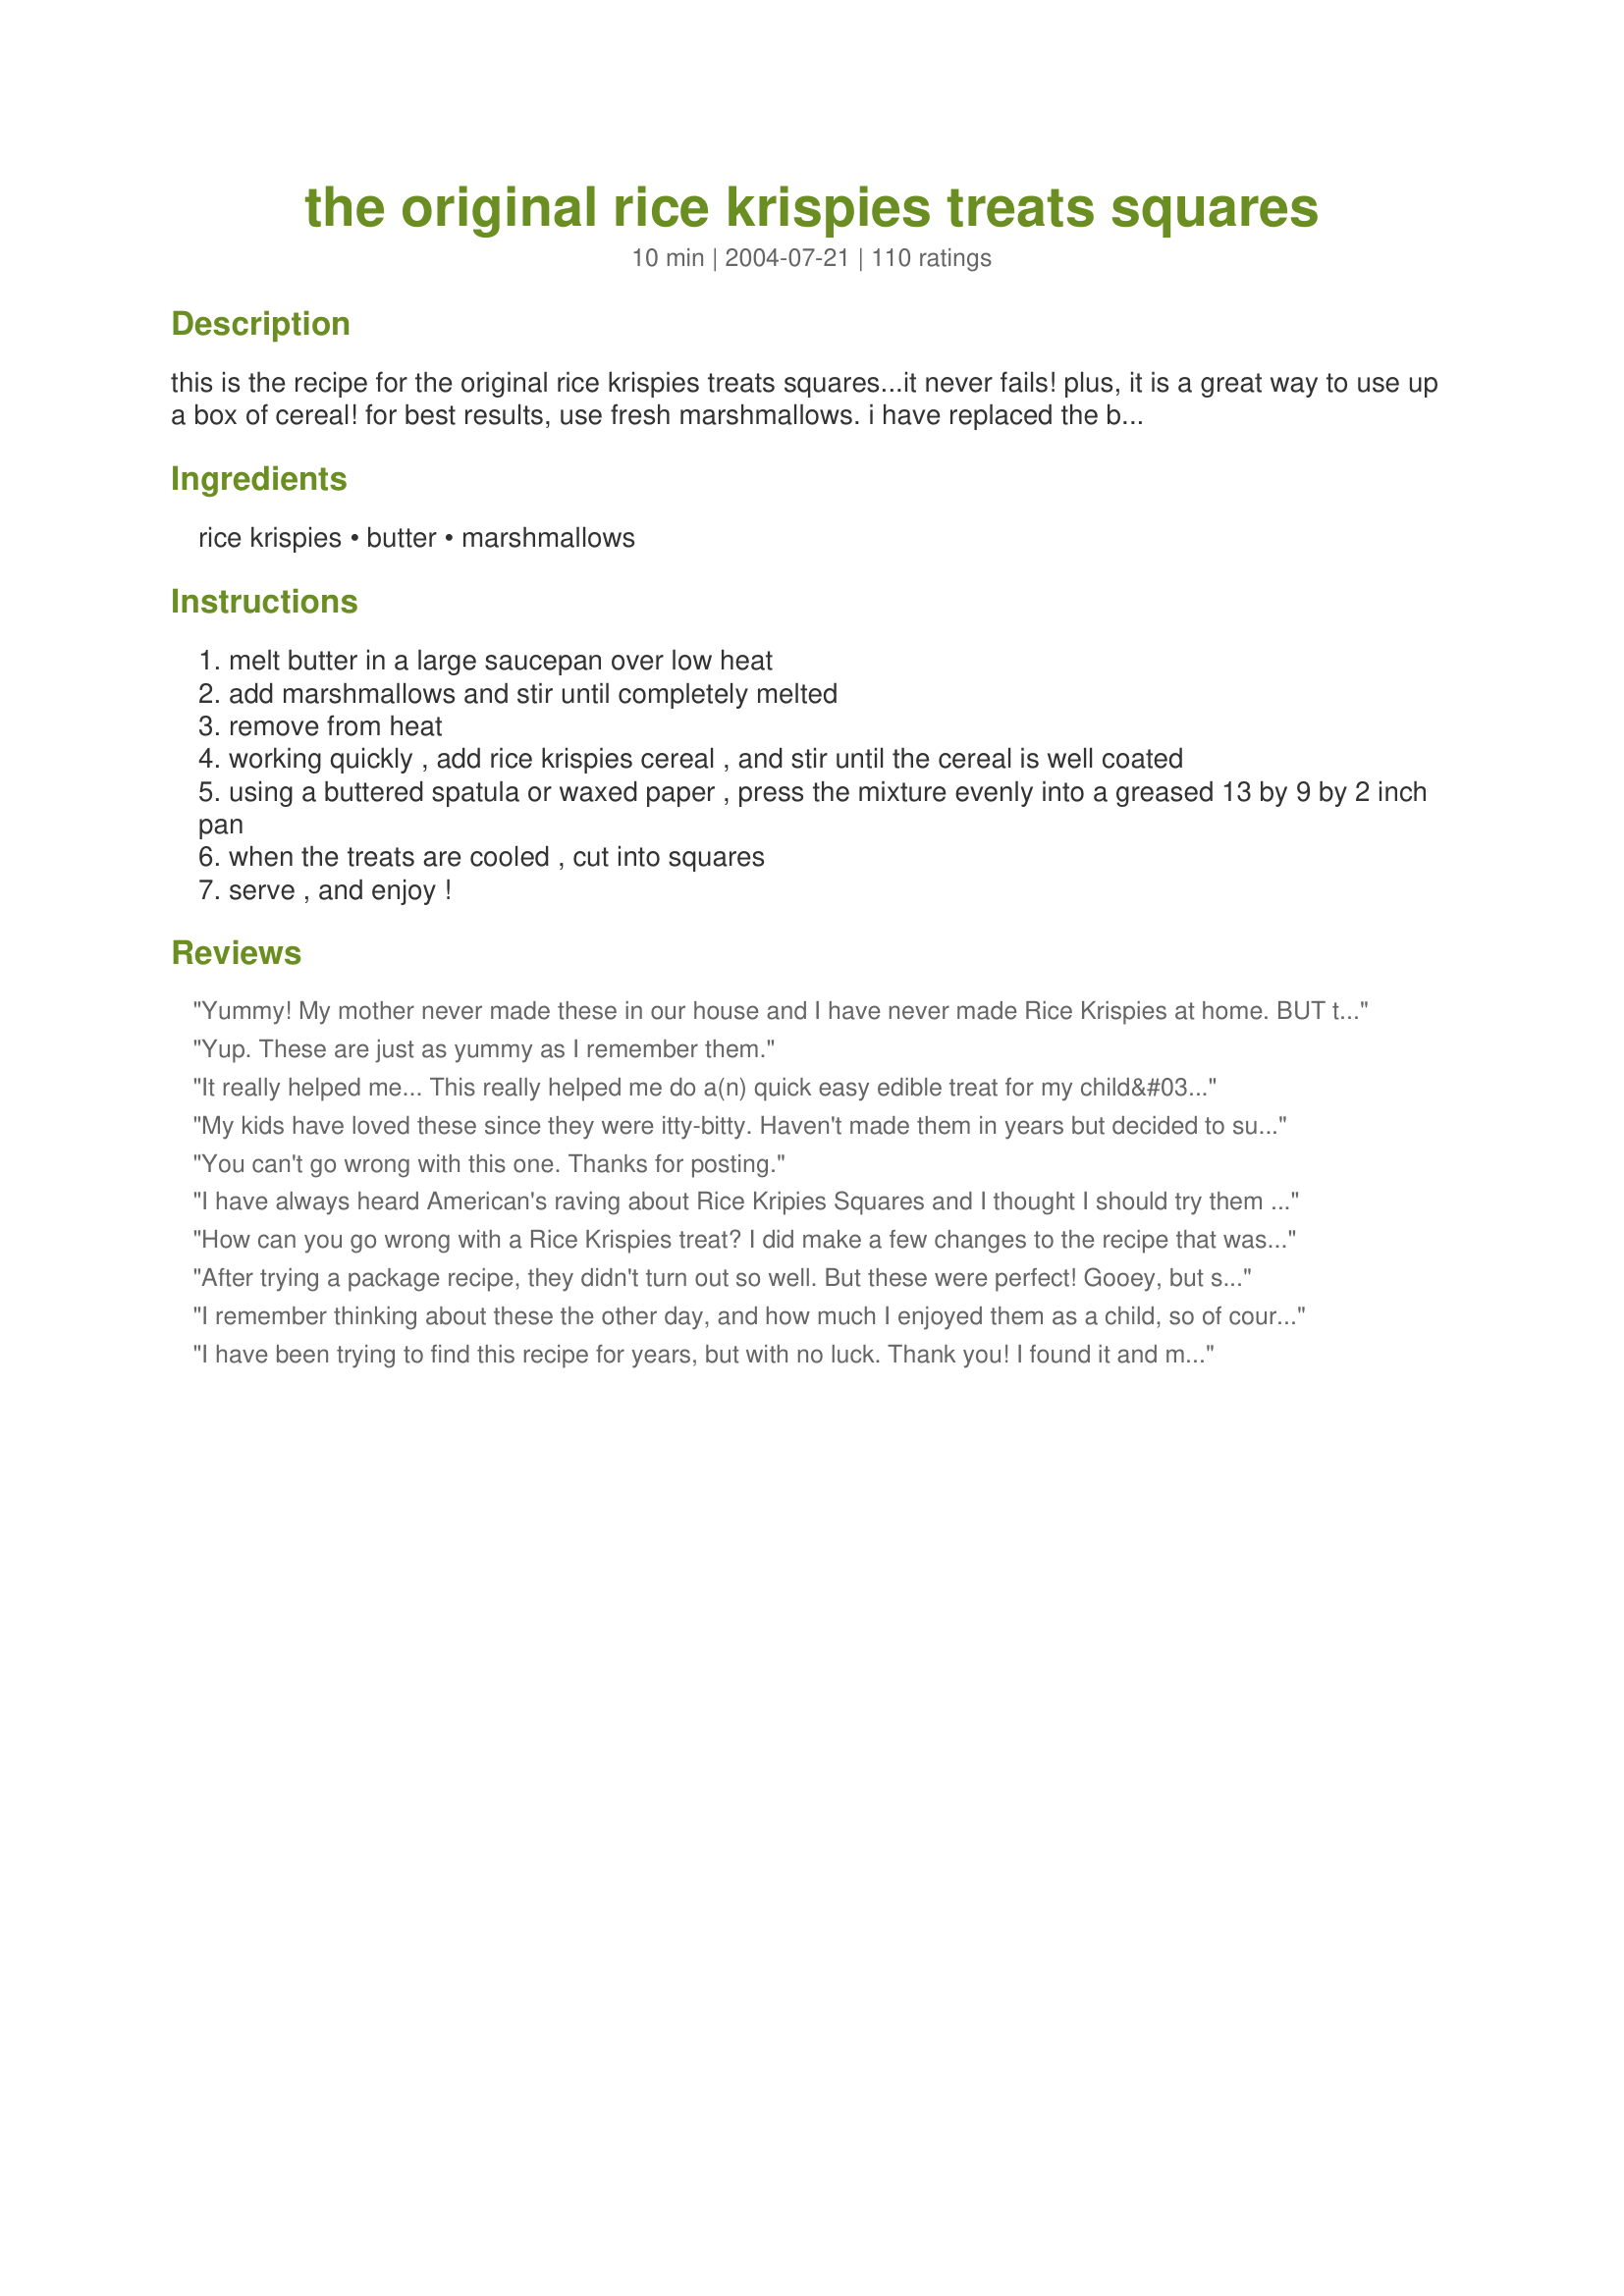
the original rice krispies treats squares
Preparation time: 10 minutes

this is the recipe for the original rice krispies treats squares...it never fails! plus, it is a great way to use up a box of cereal! for best results, use fresh marshmallows. i have replaced the butter once with mott's healthy baking butter or oil substitute (it was basically an unsweetened apple sauce) and they still turned out great!

Ingredients:
rice krispies, butter, marshmallows

Steps:
melt butter in a large saucepan over low heat
add marshmallows and stir until completely melted
remove from heat
working quickly , add rice krispies cereal , and stir until the cereal is well coated
using a buttered spatula or waxed paper , press the mixture evenly into a greased 13 by 9 by 2 inch pan
when the treats are cooled , cut into squares
serve , and enjoy !

Reviews:
Yummy! My mother never made these in our house and I have never made Rice Krispies at home. BUT this was very tasty, fast and easy to make! Tasted just like my friend's mom used to make :) Thanks for posting! It's one of DH's favorites! Will be making this again.
Yup. These are just as yummy as I remember them.
It really helped me...
This really helped me do a(n) quick easy edible treat for my child&#039;s robot and earth project
My kids have loved these since they were itty-bitty. Haven't made them in years but decided to surprise them. They turned out just like I remember. Gooey and chewy. The kids were thrilled. Thanks for bringing this recipe back into our lives.
You can't go wrong with this one. Thanks for posting.
I have always heard American's raving about Rice Kripies Squares and I thought I should try them for myself. They are just SCRUMPTIOUS. I was after a snack to put into kids lunches and these are perfect. In Australia we usually make Chocolate Crackles with our Rice Bubbles but I knew they would melt and there are the perfect replacement. They are so quick and easy to make...I made them while I was waiting for dinner to finish cooking. There were praises all round from the kids who asked for me to make them every day. I'm not sure about every day but they are definately going to be one of the snacks I make in my weekly bake.
Thanks for postng Bec.
How can you go wrong with a Rice Krispies treat? I did make a few changes to the recipe that was pretty happy with. When melting the butter/marshmallows I added in about a teaspoon of vanilla, then after melting the marshmallows and mixing in the Rice Krispies I added in more marshmallows (probably about 1/2 to 3/4 cup) so that there were large chunks of marshmallows throughout. I got lots of compliments about the treats being so soft instead of like bricks so I think I will probably make those changes again next time!
After trying a package recipe, they didn't turn out so well.
But these were perfect! Gooey, but still holding together.
These had the classic taste I was going for, though I added 4 Tbsp. butter instead of 3.
After they had cooled fully, I pressed peanut M&Ms into one half, and leftover decorating chocolate on the other half.
Wonderful, my new go-to recipe.
I remember thinking about these the other day, and how much I enjoyed them as a child, so of course I came to zaar to look for the recipe. So I would just like to say thanks so much for posting this incredibly tasty little piece of nostalgia. :)
I have been trying to find this recipe for years, but with no luck. Thank you! I found it and made it today, it was wonderful.
I have made these treats of a long time. One time even made these for a BBQ for 200+ people. Melt the marshmallows & butter in the mic and it really goes much faster.
One tiny tweak. Stir in a little (like a pinch) of mayple extract, I found out this the hard way thinking it was vanilla extract lol but still good!
I love three I add 1/2 cup peabut butter creamy in while melting marshmallows And mini choclare chips on tip I uploaded a photo to!
Super easy and yummy. A little too yummy, in fact - I can never seem to stop at just one!
Great old recipe, used Fruity Peebles to change them up a bit. My daughter loved them and I am taking them to a Super Bowl party I think they will be a big hit with the kids. Next time I think I will try Cocoa Peebles and see what happens. Thanks for the great recipe.
Perfecto! These have just the flavor I remember as a kid. I used Halal marshmallows (only 8 ounces), Margarine and about 5 1/2 cups of Rice Krispies.
OH soooo Good! Made these tonight to put in lunches tomorrow. One tip to make this easier is to spray your spoon or spatula with non-stick cooking spray to keep the mixture from sticking. I finally just sprayed my hands with the spray and pressed the mixture into the pan. Thanks Bec for posting this childhood favorite.
We love these and this is the original recipe- comes out perfect every time- for bake sales toss some sprinkles on top- always a hit !
A classic. This has been my go-to recipe for many years on those Sunday nights after a busy weekend. They are so quick and easy to make for another week of school lunches. Now that the children are older, they can make them themselves! Thanks Bec.
Actually, the "Original" recipe used 4 tablespoons of butter. I use 5 tablespoons and I only use real butter. It makes a big difference.
Yummy! After reading reviews I decided to add a little extra marshmallows and the result was gooey and delicious. Using wax paper to pack the mixture worked like a charm. Also, I was really impatient so I stuck the pan in the freezer to cool it off :) Thanks Bec!
I used Butter instead of margarine...Cocoa Krispies instead of the plain kind and it came out heavenly! Side note: if you go the route I went, drizzle on either Hershey's Syrup or melted chocolate chips got a treat that can't be beat!
i like to use salted butter and I add another pinch of salt to the melted marshmallow. It just gives it that super addictive amazing flavor!!! I Also use a little less than 6C. of cereal because I like a little more of the marshmallow part. Comes out perfect!!
I can see why this recipe has so many good reviews! It is so simple and tastes great!
You can easily add stuff life craisins or raisins if you feel like it!
Thanks for the recipe!
These are always a favorite, very addicting! Thanks for posting, I didn't realize they weren't on the box anymore!
My childhood favorite! My mom made these all the time for holidays, and sometimes just for fun. They come out perfect every time, and they are 100 times better than the store bought rice crispy treats! Thanks for posting!
Sadly, these came out perfectly. Made them per my 4 yr old daughter's request to see how they tasted as she sees children at her school eat them during snacktime. Delicious and sooooooo much better than the ones prepackaged. It will be difficult not to finishe the entire plateful. Hopefully, I'll be able to resist!
I knew them but never made them before. I used chocolat rice krispies and they turned out great. Or to say it with my sons words:"Gabriel likes it."- "No, Raphy like it better." :) There you have it right from the youngest zaar critics. They prefer it to chocolate now.Thanks for charing (btw Gabriel usually doesn't go near rice krispies, avoids it even in chocolate)
Excellent. It tastes just like a lunch box snack bar called LCM here in Australia. The kids are impressed.
Gotta love this classic treat! Thanks for posting :)
Just like I remembered!!!
We loved it. I did melt some milk chocolate chips over the top. Much better than store made.
Always a classic!! I used 1/2 fruity pebbles and 1/2 rice krispies, and subbed I Can't Believe It's Not Butter spray for the butter. Came out beautifully!! Thanks for posting - brings back childhood memories :D
These are wonderful Bec, thanks for posting an old family classic. We really enjoyed these soft, chewy, creamy, rich, buttery, sweet, sticky, rice krispie treats. They tasted just like we remembered.
This is not the original recipe! Pure vanilla extract was on the original recipe. In addition the proportions have been changed; more butter was called for in the original. &lt;br/&gt;Margarine was invented after the original recipe. If possible find Rice Krispies that do NOT have corn syrup as the sweetener (easier to find) and marshmallows without, too ( hard to find). The combination of both items with corn syrup makes the squares too sweet, as compared to the original squares. &lt;br/&gt;&lt;br/&gt;Jerry K. Age 67.
These were super easy and good. Just the recipe I was looking for. Thanks for posting.
These were great. I used a bit more than the 10 ounces because I used what we had left from a 16 ounce package. They were just what the doctor ordered.
I love these! You've reminded me of this recipe, I haven't made it in a couple of years, and I think I lost my old copy of it. Time for rice krispie squares!
I gave this 5 stars. These are yummy. Just as I remember them as a kid. My niece & newphew helped make them and loved how gooey they were while putting their hands in the pan to smooth them out. I added 2 Tbl. more butter to my marshmallow & butter mix as I had my heat a bit to high and the marshmallow & butter mix began to stick to my pot. This gave them a real butterey taste. Thanks for posting a great recipe I was really looking forward to making these with the kids this year. Christine (internetnut)
Thanks for posting this old fave. We like to add a bit of food coloring for a fun change.
Very good and extremely easy!! This is my first attempt, mostly because I am not a fan of these but the DH loves them. I thought I'd make them as a treat for him. While I was making them DH comes up to the stove to help me and I make a comment that I would normally be adding a little of this and a little of that to make them taste better, and he said that they have there own taste just the way that they are... Then he thought about what I said about adding cinnamon to the melted part and he said that that sounded really good and to go for it. I did and YUMMY!! I even liked it!!! Cinnamon is a keeper in this recipe and so is the recipe! Thanks!!
Use 9x9 pan instead to make thicker! Other than that takes just like the store bought! I took the advice of the cooking spray on my rubber spoon.
YUMMY! I use a large jar of marshmallow cream & it seems to be the perfect amount for the 6 cups of cereal. I also add vanilla.
This is the recipe that I've always used for these wonderful treats but, I microwave the butter for 30 seconds, add the marshmallows, and microwave another 1 1/2 minutes. Works perfectly without heating up the burner! The most recent batch I made got a touch of green food coloring for St. Patty's Day!!!
This is what I grew up on as a kid. They are a pain the you know what to make, but well worth it.
The classic! I doubled the batch. Well, I did that unintentionally, to be honest. I buttered/margarined the back of a large spoon to press the mix into the pan and to smooth it out into even squares. It works like a charm.
very easy to make and very tasty! i made mine in the microwave by melting the butter and marshemllows and i also added a bit of peanutbutter. they didnt last the day in my house!!
Oh so perfect, and yummy!
I love these! I've been making this recipe for as long as I can remember. One trick I found to help with the stickiness is to coat the pan with a thin layer of powdered sugar! I also sprinkle it on my hands before I pat it down so it doesn't stick to me. Works great and the flavor blends in nicely with the treats. I don't know what made me decide to do that in the first place but hey it works. :)
Thank you! I was having a bit of a time finding the original recipe. These came out absolutely perfect. These might actually taste better than I remember. Smiles all around!
I love Rice Krispie treats. Only problem is when I make them they never last more than a few hours.
We were craving something sweet and these were a great blast from the past... My marshmallows were not the freshest, so they took just a little longer to melt down, but still were delicious!!! Thanks!!!
this one never gets old!!! How does it taste with fruity pebbles instead of rice crispies?
Worked perfectly! Everyone loved them. I sprayed the baking sheet with Canola Oil spray, which helped them easily come out.
As usual the quickest and easiest homemade snack there is what a perfect treat for my little men on this yucky, rainy day. Thanks for keeping it here for me so I can find it when I need it.
Lisa
Love this classic recipe from my childhood!&lt;br/&gt;&lt;br/&gt;I would suggest this change to the preparation, though. Instead of buttering/spraying a 13&quot; x 9&quot; pan, I use a jellyroll pan (like a cookie sheet but with sides on it).&lt;br/&gt;&lt;br/&gt;I line the jellyroll pan with parchment paper, spread the rice krispie mixture all over it with a non-stick spatula, and then put another sheet of parchment paper over the top. I can then press the sticky cereal across the pan without getting my hands all gooped up. Peel off the top layer of parchment paper, let it all cool down until it&#039;s set, then cut the squares. Throw away the bottom parchment paper and your pan won&#039;t be coated in marshmallow goo!
love
Great recipe! Bec, thank you for sharing!
Just the recipe I was looking for. Nothing better than the old-fashion version. I added about 1 c. extra marshmallows to make them a little gooier. Thanks for sharing.
Perfect recipe with just the right proportions!
Thanks for posting the original recipe! Great fun to make and eat!
Thanks so much for the recipe, I made these as a child and forgot how much fun & tasty they are. I added a dash of vanilla while stirring together to boost the flavor a little. My daughters & son LOVED these!
These were perfect!!
My favorite recipe! It is soooo easy! Thanks for posting!
Yummy!
excuse me, but marshmallows aren't vegetarian. they contain gelatin, which is derived from animals. don't know why this was even considered for a vegetarian menu.
Classic. Perfect. Thanks for posting - my kids loved it!
Just perfect! Easy and quick to boot.
Great to see an old recipe revived - my mum used to make these for us when we were kids. She used toffee as well as marshmallows so for those seeking a more gooey and chewy experience, try adding the toffee in - it never fails to impress in our house!
These turned out incredibly delicious. Tastier than store made.
Perfect! The recipe wasn't on the box, and I can never remember how much butter and marshmallow, so thank you!
Thank you so much for sharing this recipe. 
I haven't made these in awhile now and so glad I came across the recipe. 
I split the mixture in half and added milk chocolate chips to one half and just had plain on the other half in the pan. Nice treat to have on hand when you need something sweet. Thanks so much!
I agree - this recipe is hard to find on a cereal box! I'm so glad you posted this wonderful treat... every time I make it, I have to do my best not to eat the entire thing myself! :)
gfhg
Perfect!! Just as I remembered!!
TBH: I don&#039;t really know you but your recipes are on point girl. Delish!!! Rate: obviously 5 out of 5. Rock on homie
made this original recipe using 44 regular size mallows and 6 cups cereal, worked perfectly, used a slightly smaller pan so I would get thicker squares.
just like when I was little
Yay!! I haven't made these in years. DH and I wanted dessert and I had all the ingredients in the house, so I made them. DD (18 mos) even helped me a little. :) These are classic. Thanks!
Perfect -- and just like I remember them! So easy to throw together. Could easily do the marshmallow step in the microwave I think, but this works too :) I think I added and extra tbs of butter by accident, but it still worked well :)
absolutely delish!! Better then i expected!! its just like the old days as a young child!
Loved It! Thank You! Its fast, easy, and good! Goey, chewy and tasty! A fun trick for kids, having a daughter myself, hand them a square treat and show them how to mold it into shapes, like circles or triangles and they can eat too! They are moldable! Its fun and good to eat!
Made two pans of these for my son's 5th grade picnic and everyone enjoyed them. They are quick and easy to make.
Was sure glad to find this recipe on zaar....as I bought the rice krispies and marshmallows to make up some krispie treats to send to my son as they are his favorite, and the recipe was not on the back of the box as it usually is....thanks
This is it! We had so much fun making these! These are the originals. Thanks for sharing! :)
This is really easy. I added a tsp. of vanilla and it was so good!
I am definitely glad for the advice about pressing into the pan with wax paper because this really helps as the mix is very sticky.
Ray H. What is candy bar you use?How much vanilla did people use? Don't some people put rasins, sugar in there rice crispy treats.
Yum yum!! Delicious, classic recipe! I switched it up a bit and threw in a teaspoon of vanilla and a drop or two of almond extract and a tiny bit of maple flavoring - delicious!!
I had to stop making this for the sake of my health because I was eating waaay too many of these in one sitting! I have looked at other krispies recipes on zaar and the rice krispies site and combined the ideas together to get this combo: do the rice krispies treats as you normally would, but add 1 tablesppon vanilla extract and extra marshmallows (I like them gooey). After being pressed in the pan with wax paper I push in M&Ms on the top. If you put the M&Ms down first then use something to push down into squares, it can crack the M&M shells.
seemed like too much butter
This was yummy. I think I may use more marshmallows next time (I used the mini's) since they weren't very gooey. But good!
I had forgotten how much of a pain in the arse Rice Krispie treats really are. Haha. Plus, my marshmallows were ancient, so they didn't melt well. (Read the description, chefs!) However, I am pretty sure this is the original recipe, and the kids say they taste fine. I thought the recipe I used to make had vanilla in it, but it was Betty Crocker rather than back-of-the-box. So despite the rice krispies all over the kitchen and the sticky pan, thank you for posting.
Thank you for publishing this. I wanted to make them with my daughter and didn't realize they weren't putting the recipe on the box anymore! We added mini M&M's on top to make them look like the pre-packaged ones, but they are just as yummy without.
Made these today and they turned out great, the grandkids loved them. I guess i'll have to make more.They are so easy to through together
Been having a hankering for these for a long time and buying them from the machine at work. Don't know about original, but they were more mashmallowy than mom use to make and much better.
The only problem I had, was my prep time was around 15 minutes. My marshmallows did not melt down to fast and I was afraid to turn the heat up to high. 
Thnk you for the great recipe.
My rice krispies treats have never turned out as perfect as these. The ratio of butter and cereal is perfect. Thanks for posting!
Yes so tasty.... Before I was a mom i just bought these in the store when I wanted some... but now my son enjoys helping me in the kitchen so we make things together. I changed the serving to only 5 kuz he would be the only one eating them.. but we had fun and we added M&M's as well. I tasted it and the ones from the store are yucky compared to this one.. O yeah I also added a tiny bit of Vanilla.
Delicious. A real family favorite!
Just like mom used to make!
Doubled the recipe, loved it!
Just wht I was looking for!
These were great! I am had trouble letting them cool down before I dug in. This is just the recipe I was looking for. Thank you!!
I halved the ingredients and melted the butter and marshmallows in the micro. Turned out great! I appreciated that the recipe was "straight from the box." Thanks Bec.

Roxygirl
Ok, all you rice krispie treat mavens, tell me what I did wrong. I followed the recipe to a T and got a rock-hard, dry, barely sweet pan of trash that I fed to the chickens. What a waste! I swear, I&#039;m not an idiot. I can bake cakes and bread and all sorts of things like that, but I can&#039;t make rice krispie treats? Help, please!
I make these simple treats every year and my children love them... thank you for the recipe!
Thanks for posting this great recipe. I also bought Rrice Krispies with no recipe on the box. You'd think I'd remember how after making this tons of times in the past 60 years, but, of course, I didn't. Anyway - yummy and as usual I had to eat the first one while it was still gooey and falling apart. They set up if you can wait awhile. Great for kids and not so young kids.
The best!! Thank you.
Thank you for taking the time to post this classic...I bought the store brand Rice Krispies, which does not have the recipe on it so had to search for it. I always add a little extra butter to mine, makes them richer in taste. Getting ready to cut them into small squares to dip into the chocolate fountain at the Super Bowl party...yum!
This is THE classic recipe. Never fails! YUM!!!<br/><br/>To "streak" -- I get my marshmallows at Trader Joe's, and they ARE vegetarian! :O)
The original recipe had 1 tsp of vanilla, or if it didn't, most added it. But I am fairly certain I remember correctly.
Just like I remember from childhood. I love rice krispy treats. I mean, really, who doesn't?? Thanks for posting this recipe! I know i'll be making these many more times.
